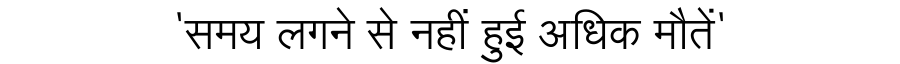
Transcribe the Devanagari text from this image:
'समय लगने से नहीं हुई अधिक मौतें'